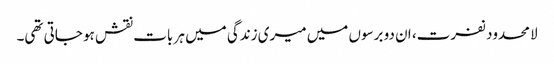
لا محدود نفرت، ان دو برسوں میں میری زندگی میں ہر بات نقش ہو جاتی تھی۔